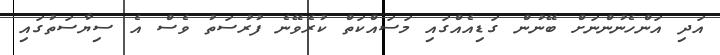
އަދި އަންހެނުންނަށް ބޭނުން ގަޑިއެއްގައި މަސައްކަތް ކުރެވޭނެ ފުރުސަތު ވެސް އެ ސިޔާސަތުގައި